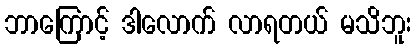
ဘာကြောင့် ဒါလောက် လာရတယ် မသိဘူး